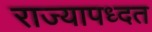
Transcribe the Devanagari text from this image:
राज्यापध्दत